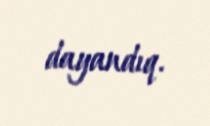
dayandıq.